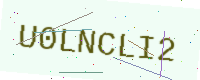
Text: U0LNCLI2